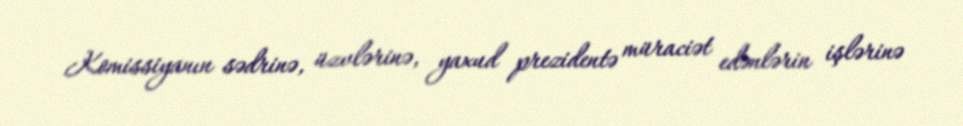
Komissiyanın sədrinə, üzvlərinə, yaxud prezidentə müraciət edənlərin işlərinə